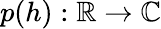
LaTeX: p(h):\mathbb R\rightarrow\mathbb C